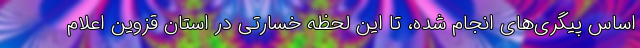
اساس پیگری‌های انجام شده، تا این لحظه خسارتی در استان قزوین اعلام